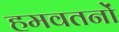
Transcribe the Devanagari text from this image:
हमवतनों